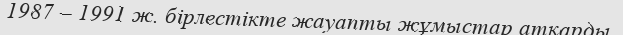
1987 – 1991 ж. бірлестікте жауапты жұмыстар атқарды.